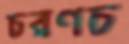
চরণচ